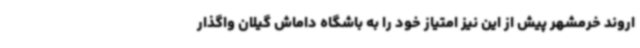
اروند خرمشهر پیش از این نیز امتیاز خود را به باشگاه داماش گیلان واگذار